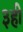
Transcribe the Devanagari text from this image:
३ही